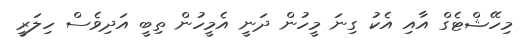
މިހޭޝްޓެގް އާއި އެކު ގިނަ މީހުން ދަނީ އެމީހުން ތިބީ އަދިވެސް ހިލަރީ